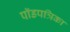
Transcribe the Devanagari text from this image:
पॉडपत्रिका